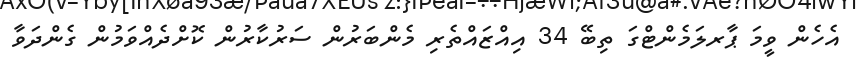
އެހެން ވީމަ ޕާރލަމެންޓްގަ ތިބޭ 34 އިއްޒައްތެރި މެންބަރުން ސަރުކާރުން ކޮށްދެއްވަމުން ގެންދަވާ